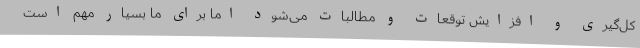
کل‌گیری و افزایش توقعات و مطالبات می‌شود اما برای ما بسیار مهم است